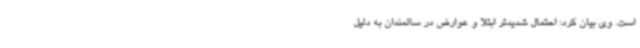
است. وی بیان کرد: احتمال شدیدتر ابتلا و عوارض در سالمندان به دلیل